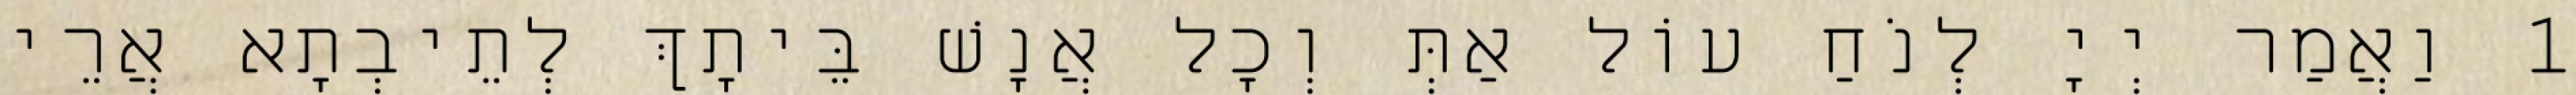
1 וַאֲמַר יְיָ לְנֹחַ עוֹל אַתְּ וְכָל אֲנָשׁ בֵּיתָךְ לְתֵיבְתָא אֲרֵי